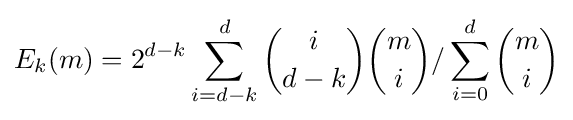
E_{k}(m)=2^{d-k}\sum _{i=d-k}^{d}{{i} \choose {d-k}}{{m} \choose {i}}/\sum _{i=0}^{d}{{m} \choose {i}}